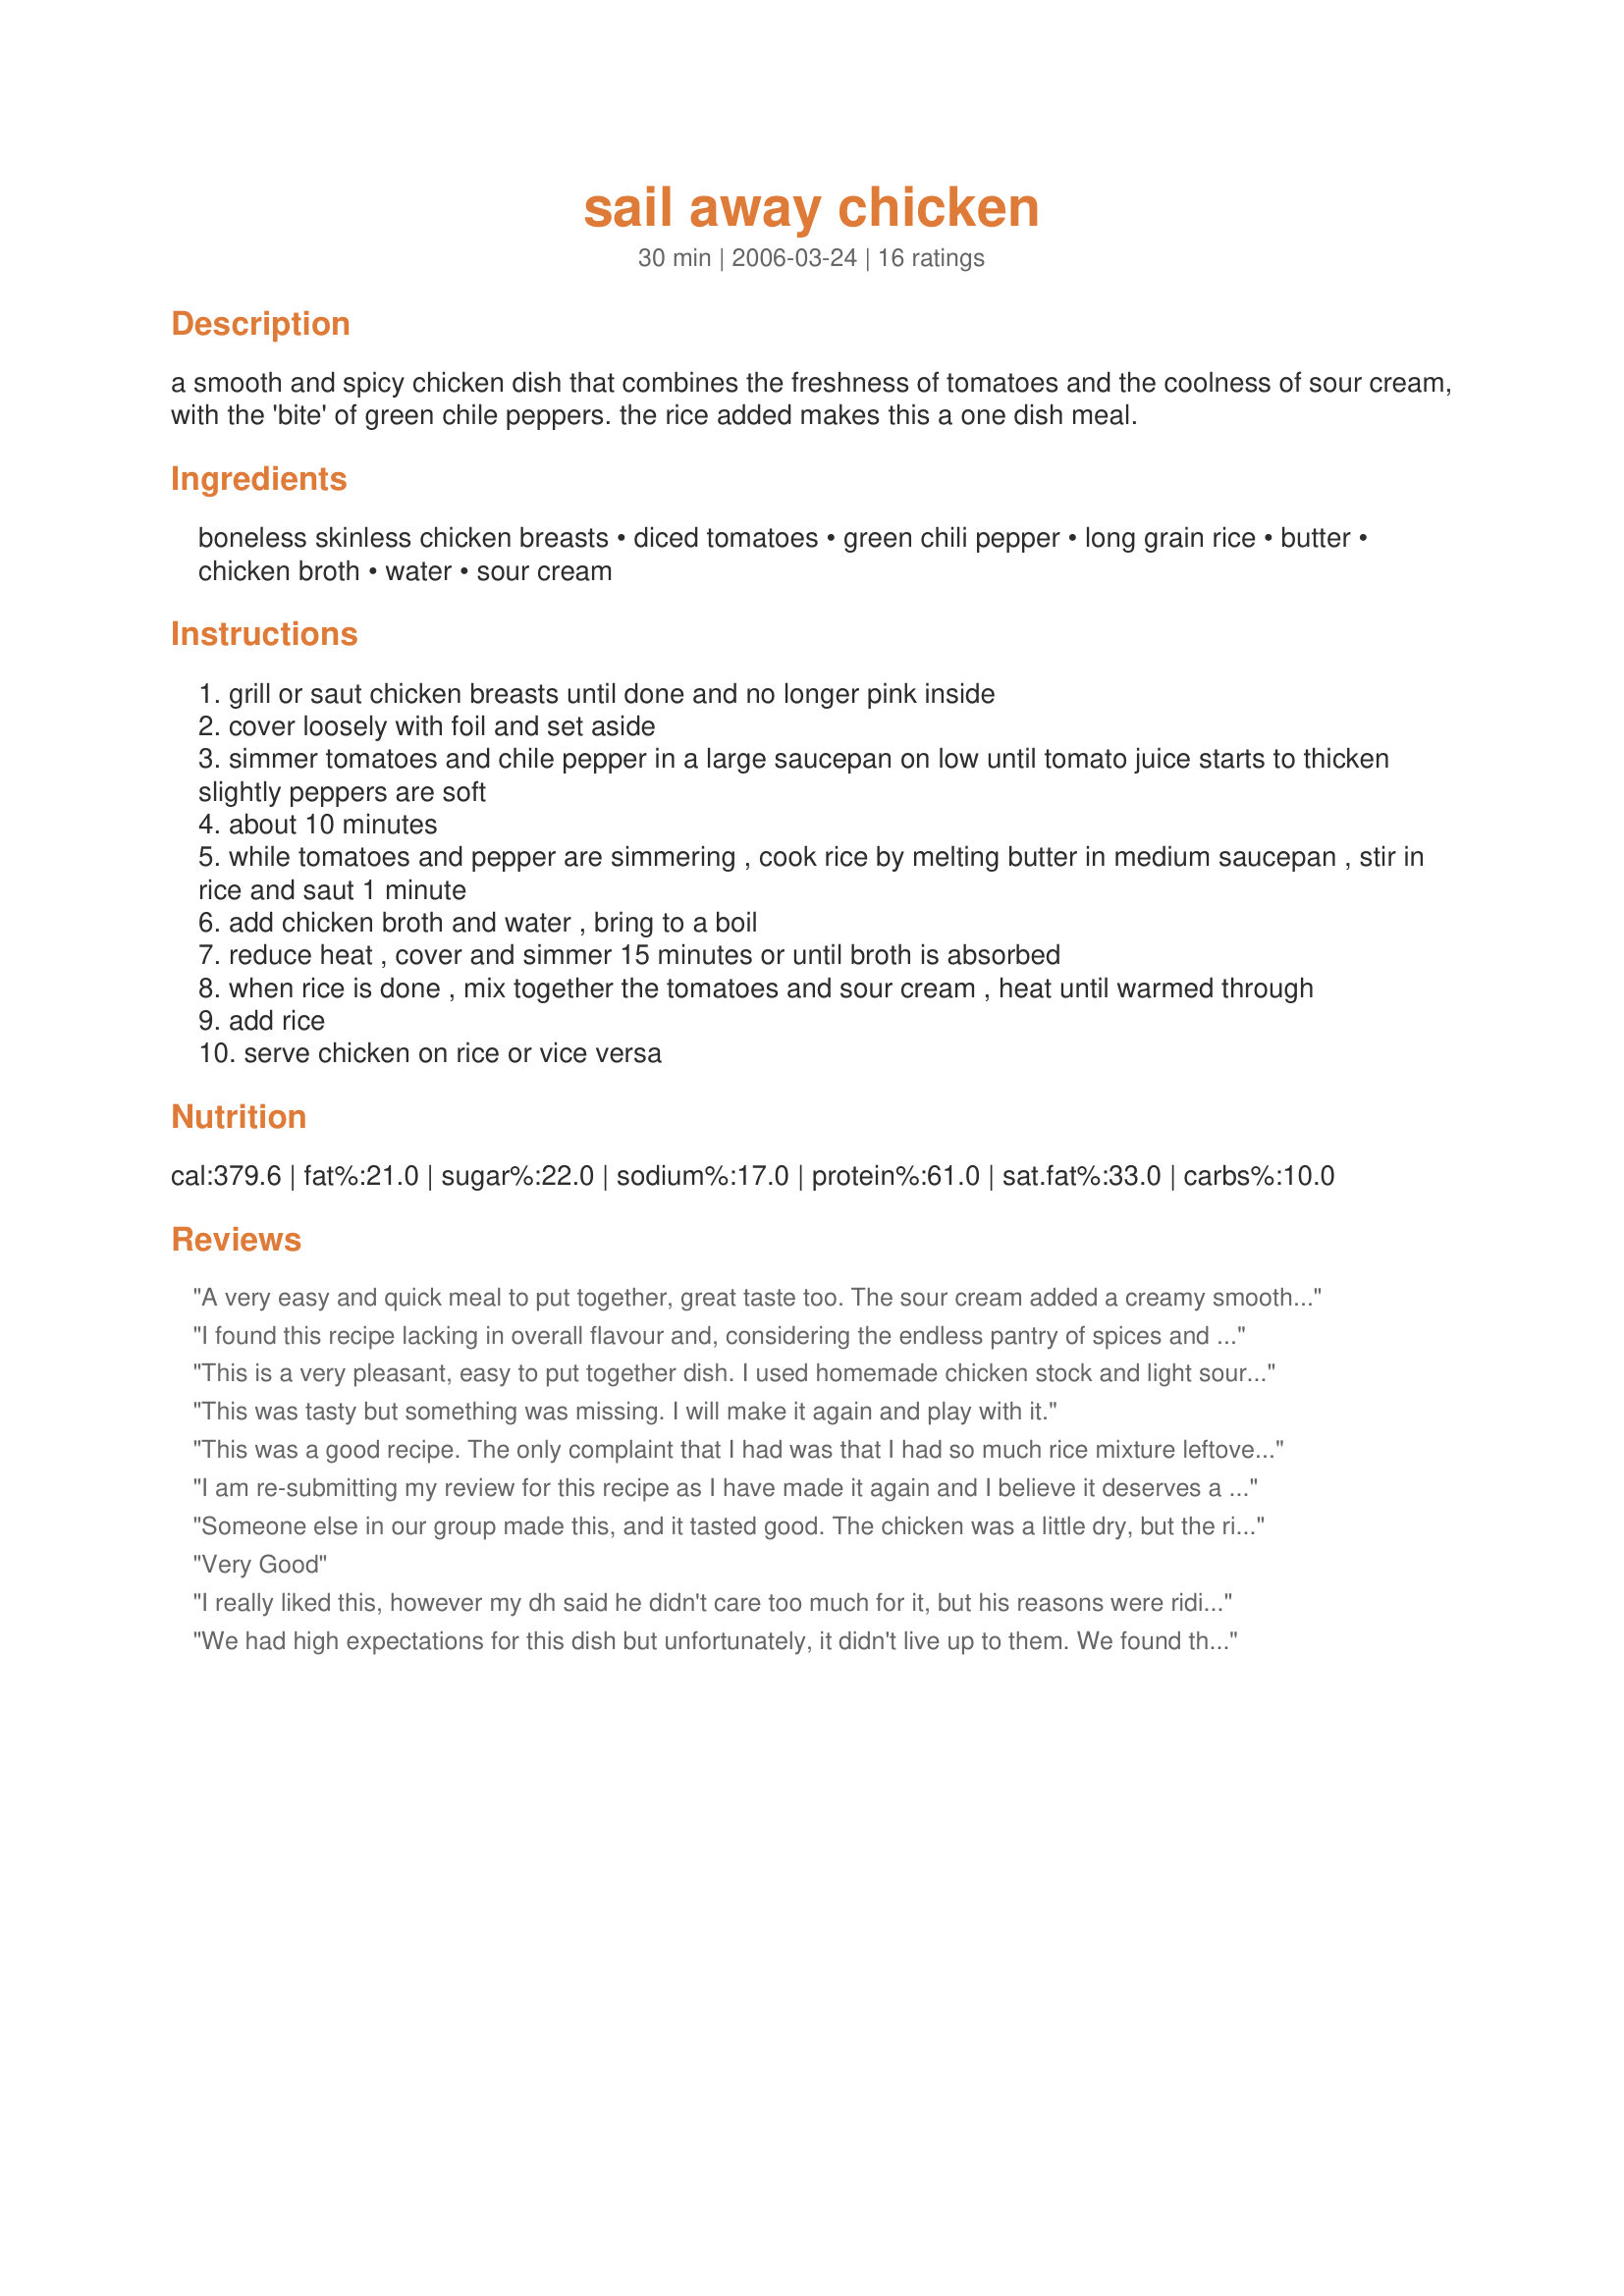
sail away chicken
Preparation time: 30 minutes

a smooth and spicy chicken dish that combines the freshness of tomatoes and the coolness of sour cream, with the 'bite' of green chile peppers. the rice added makes this a one dish meal.

Ingredients:
boneless skinless chicken breasts, diced tomatoes, green chili pepper, long grain rice, butter, chicken broth, water, sour cream

Steps:
grill or saut chicken breasts until done and no longer pink inside
cover loosely with foil and set aside
simmer tomatoes and chile pepper in a large saucepan on low until tomato juice starts to thicken slightly peppers are soft
about 10 minutes
while tomatoes and pepper are simmering , cook rice by melting butter in medium saucepan , stir in rice and saut 1 minute
add chicken broth and water , bring to a boil
reduce heat , cover and simmer 15 minutes or until broth is absorbed
when rice is done , mix together the tomatoes and sour cream , heat until warmed through
add rice
serve chicken on rice or vice versa

Reviews:
A very easy and quick meal to put together, great taste too. The sour cream added a creamy smoothness to the tomato and chili pepper's. Nice combinations, served with brown rice.
I found this recipe lacking in overall flavour and, considering the endless pantry of spices and herbs available, can only wonder why the chicken was not spiced in any way - especially a way to suit the Caribbean theme? Pleasant enough, but the kind of recipe I would 'tweak' until it bore little resemblance to the original. I wish I could give a higher rating.
This is a very pleasant, easy to put together dish. I used homemade chicken stock and light sour cream. The sauce is smooth and slightly spicy and the chicken remains moist and tender. But it lacks a signature--it needs a bit of interest --perhaps fresh herbs added at the end of cooking.
This was tasty but something was missing. I will make it again and play with it.
This was a good recipe. The only complaint that I had was that I had so much rice mixture leftove--this could have easily served eight people! If I made this again I would have the rice mixture, or cook more chciken. It was a great use of the contest recipes and it was well received by the inlaws who were over for dinner. Thanks for posting and congrats on making it to the finals!
I am re-submitting my review for this recipe as I have made it again and I believe it deserves a 5 star rating. This is a creamy, spicy yet cool dish that I really enjoyed and will make again for sure. We did the chicken on the grill and used very spicy peppers this time, as we wanted to try it with a little more kick. Absolutely, hands down a winner! Congratulations on your creation!
Someone else in our group made this, and it tasted good. The chicken was a little dry, but the rice was quite moist. We thought it didn't look as appetizing as it tasted.
Very Good
I really liked this, however my dh said he didn't care too much for it, but his reasons were ridiculous, so I -I -I- give it 5 stars!!!
We had high expectations for this dish but unfortunately, it didn't live up to them. We found that the chicken, without any seasoning, lacked any flavor. The tomatoes took much longer than 10 minutes to thicken the juice. The rice/tomato/pepper combo tasted just like that, with an overpowering tomato taste but seemed to be lacking some seasoning to bring it all together. I did manage to cook everything so that it all parts finished at the same time. A good start to a recipe but needs some additional flavoring to bring it all together.
Very good! I really like the rice. I baked my chicken with some Italian dressing. Thank-you!
This seemed more of a Tex Mex dish then a Caribbean one. Yet a good dish. I would have like to have the chicken seasoned which I would have done if this was not a contest recipe. Also sauting some garlic and onions before adding the tomatoes would have been a nice addition. The tomatoes I did simmer for 30 minutes to thickness I desired. The sour cream made this very rich as I would have liked it topped with a dallop instead. Just because it`s healthier. But not a bad dish at all!

Chicken is inexpensive, and cooks up obediently in whichever style and origin the chef chooses. I do not use canned broth for any reason, but fortunately keep a goodly supply in my freezer. This recipe appealed to me because of its casual, nice, easy uncomplicated chicken with rice ingredients, and enjoyed by all. Thank you Chef... 

This dish was very good. You have to like the taste of tomatoes (with a bit of a kick,) because that is a strong flavor in this dish.
Fabulous flavour and an easy to make recipe. I had all these ingredients on hand and this was nice and quick to cook up. I especially loved the sauce and will definitely be making this again.
This was awesome and really loved by all, I made it a little milder then posted( whimpy family) then added hot at the table. there were left overs but not for long :-) I will be making this again in the vernacular of my family its a keeper !!!!
